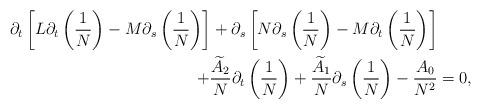
LaTeX: \begin{align*}\partial_t\left[L\partial_{t}\left(\frac 1N\right)-M\partial_{s}\left(\frac1 N\right)\right]+\partial_s\left[N\partial_{s}\left(\frac1N\right)-M\partial_{t}\left(\frac1 N\right)\right]& \\+\frac {\widetilde A_{2}}{N}\partial_t\left(\frac 1N\right)+\frac{\widetilde A_{1}}{N}\partial_s\left(\frac 1N\right) -\frac{A_0}{N^2}&=0,\end{align*}